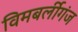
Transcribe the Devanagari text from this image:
विमबर्लीगंज